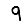
Digit: 9